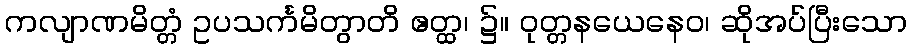
ကလျာဏမိတ္တံ ဥပသင်္ကမိတွာတိ ဧတ္ထ၊ ၌။ ဝုတ္တနယေနေဝ၊ ဆိုအပ်ပြီးသော